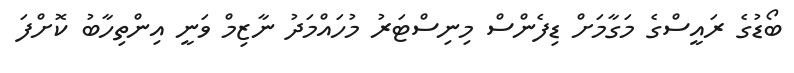
ބޯޑުގެ ރައީސްގެ މަގާމަށް ޑިފެންސް މިނިސްޓަރު މުހައްމަދު ނާޒިމް ވަނީ އިންތިހާބު ކޮށްފަ